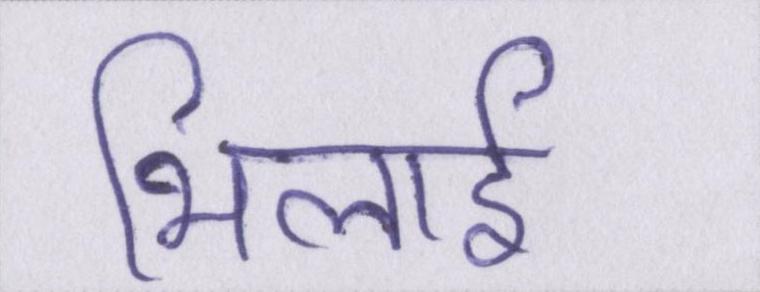
भिलाई